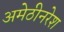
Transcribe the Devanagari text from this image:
अमेठीनरेश